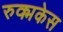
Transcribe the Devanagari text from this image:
रुक्मकेस